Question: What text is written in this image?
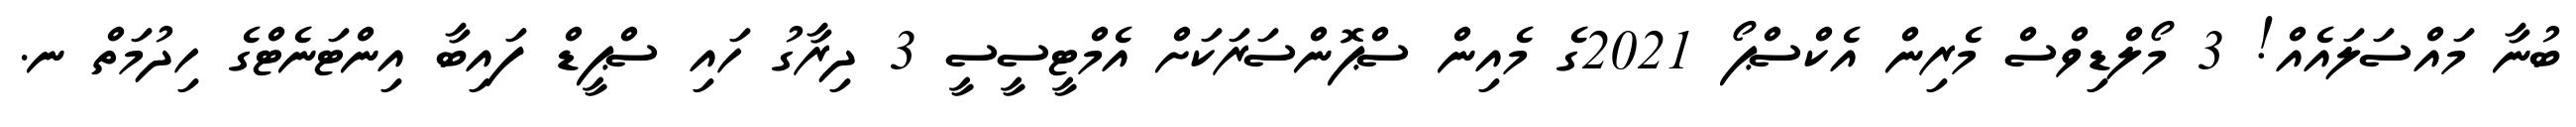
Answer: ބުނާ މައްސަލައެއް! 3 މޯލްޑިވްސް މެރިން އެކްސްޕޯ 2021ގެ މެއިން ސްޕޮންސަރަކަށް އެމްޓީސީސީ 3 ދިރާގު ހައި ސްޕީޑް ފައިބާ އިންޓަނެޓްގެ ހިދުމަތް ނ.